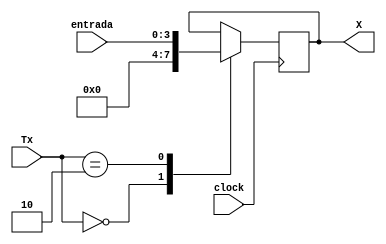
module RegistradorX(entrada,Tx,clock,X);

input wire [3:0] entrada;
input wire [3:0] Tx;
input wire clock;
output reg [3:0] X;

parameter CLEAR = 4'd0;
parameter HOLD = 4'd1;
parameter LOAD = 4'd2;

always @(posedge clock)begin
	case(Tx)
		CLEAR:begin
			X = 4'd0;
		end
		HOLD:begin 
			X = X;
		end
		LOAD:begin
			X = entrada;
		end 
	endcase
end		
endmodule